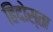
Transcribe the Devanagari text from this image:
हिंदोस्ता